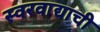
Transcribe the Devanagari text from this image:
स्वरवाद्याची